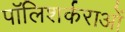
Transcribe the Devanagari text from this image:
पॉलिशर्कराओं